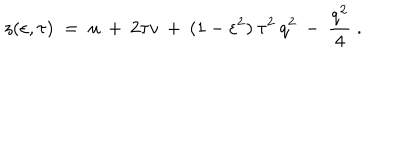
z ( \varepsilon , \tau ) \; = \; u \: + \: 2 \tau v \: + \: ( 1 - \varepsilon ^ { 2 } ) \: \tau ^ { 2 } \: q ^ { 2 } \: - \: \frac { q ^ { 2 } } { 4 } \; .